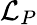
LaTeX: \mathcal{L}_{P}